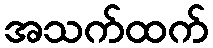
အသက်ထက်